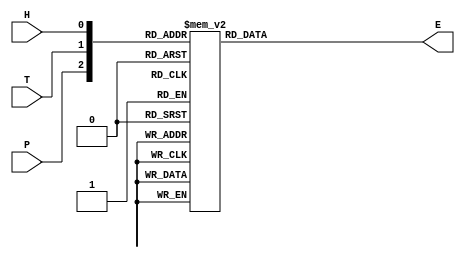
// WARNING: Do NOT edit the input and output ports in this file in a text
// editor if you plan to continue editing the block that represents it in
// the Block Editor! File corruption is VERY likely to occur.

// Copyright (C) 2022  Intel Corporation. All rights reserved.
// Your use of Intel Corporation's design tools, logic functions
// and other software and tools, and any partner logic
// functions, and any output files from any of the foregoing
// (including device programming or simulation files), and any
// associated documentation or information are expressly subject
// to the terms and conditions of the Intel Program License
// Subscription Agreement, the Intel Quartus Prime License Agreement,
// the Intel FPGA IP License Agreement, or other applicable license
// agreement, including, without limitation, that your use is for
// the sole purpose of programming logic devices manufactured by
// Intel and sold by Intel or its authorized distributors.  Please
// refer to the applicable agreement for further details, at
// https://fpgasoftware.intel.com/eula.


// Generated by Quartus Prime Version 21.1 (Build Build 850 06/23/2022)
// Created on Tue Sep 20 08:37:48 2022

//  Module Declaration
module normal
(
// {{ALTERA_ARGS_BEGIN}} DO NOT REMOVE THIS LINE!
P, T, H, E
// {{ALTERA_ARGS_END}} DO NOT REMOVE THIS LINE!
);
// Port Declaration

// {{ALTERA_IO_BEGIN}} DO NOT REMOVE THIS LINE!
input P;
input T;
input H;
output E;
// {{ALTERA_IO_END}} DO NOT REMOVE THIS LINE!
reg E;
always @(P or T or H)
begin
	case({P,T,H})
		3'b000: E= 'b0;
		3'b001: E= 'b0;
		3'b010: E= 'b0;
		3'b011: E= 'b1;
		3'b100: E= 'b0;
		3'b101: E= 'b1;
		3'b110: E= 'b1;
		3'b111: E= 'b1;
	endcase
	end

endmodule